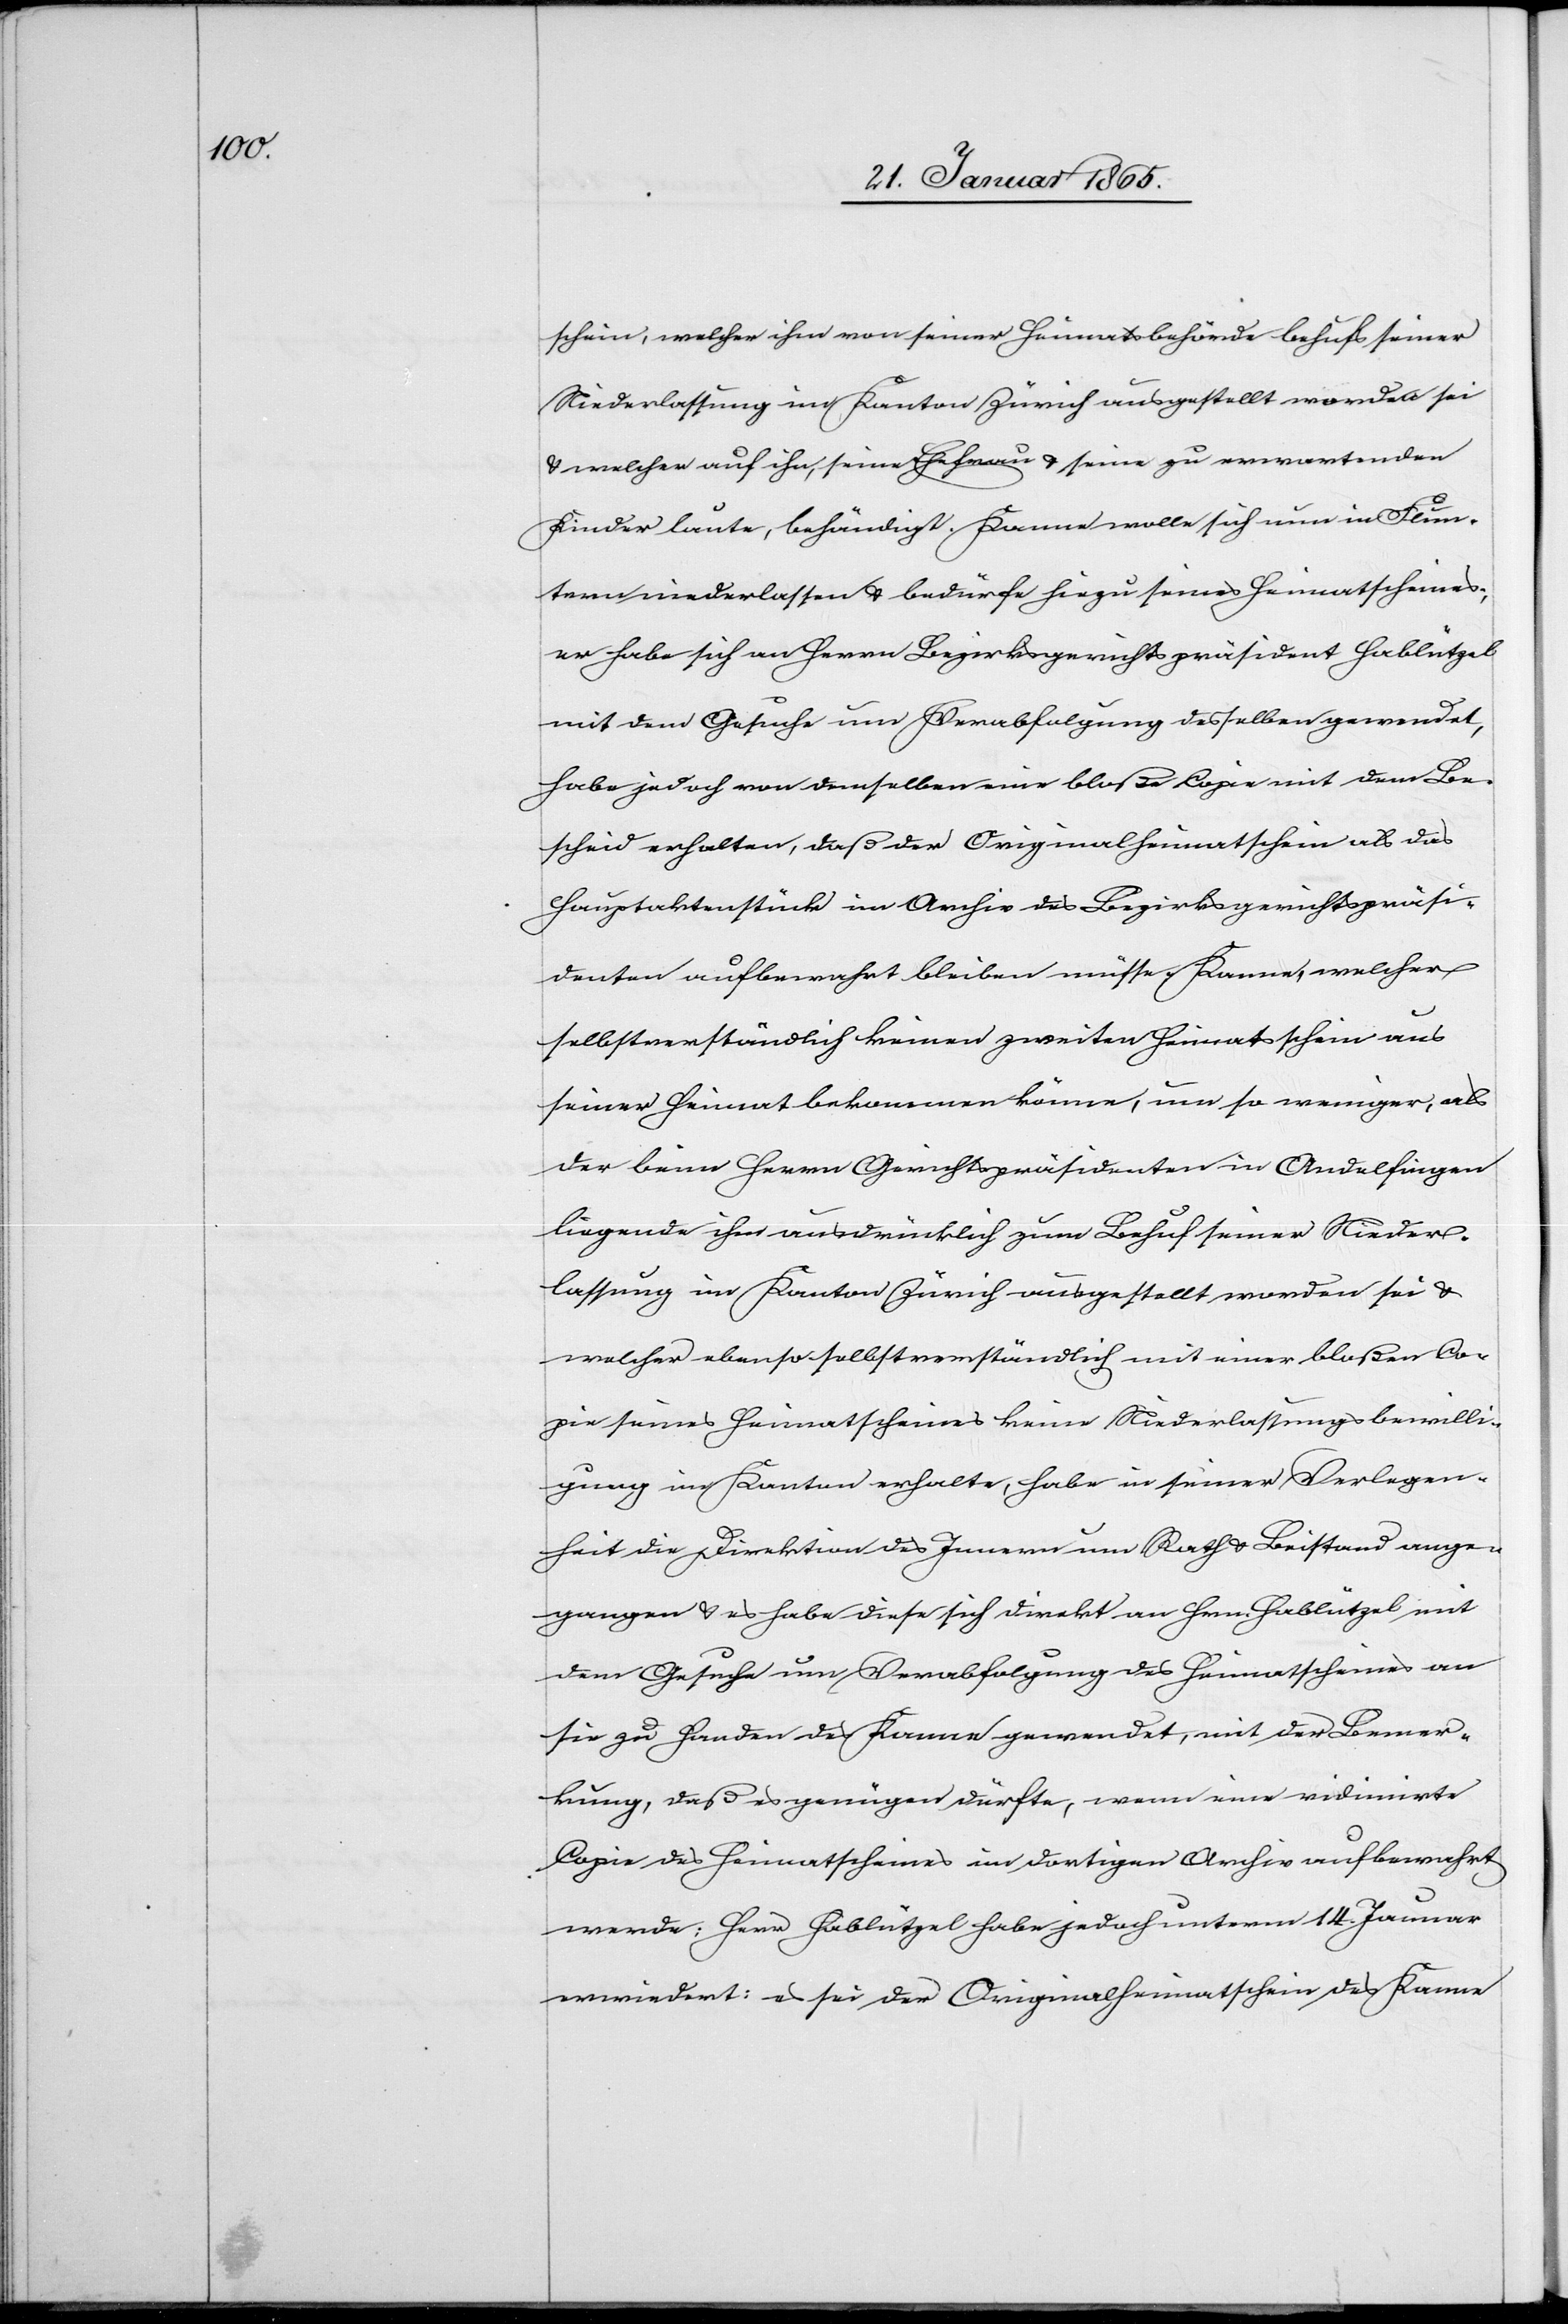
schein, welcher ihm von seiner Heimatsbehörde behufs seiner
Niederlassung im Kanton Zürich ausgestellt worden sei
u. welcher auf ihn, seine Ehefrau u. seine zu erwartenden
Kinder laute, behändigt. Kanne wolle sich nun in Flun¬
tern niederlassen u. bedürfe hiezu seines Heimatscheines;
er habe sich an Herrn Bezirksgerichtspräsident Hablützel
mit dem Gesuche um Verabfolgung desselben gewendet,
habe jedoch von denselben eine bloße Copie mit dem Be¬
scheid erhalten, daß der Originalheimatschein als das
Hauptaktenstück im Archiv des Bezirksgerichtspräsi¬
denten aufbewahrt bleiben müsse. Kanne, welcher
selbstverständlich keinen zweiten Heimatsschein aus
seiner Heimat bekommen könne, um so weniger, als
der beim Herrn Gerichtspräsidenten in Andelfingen
liegende ihm ausdrücklich zum Behuf seiner Nieder¬
lassung im Kanton Zürich ausgestellt worden sei u.
welcher ebenso selbstverständlich mit einer bloßen Co¬
pie seines Heimatscheins keine Niederlassungsbewilli¬
gung im Kanton erhalte, habe in seiner Verlegen¬
heit die Direktion des Innern um Rath u. Beistand ange¬
gangen u. es habe diese sich direkt an Hrn. Hablützel mit
dem Gesuche um Verabfolgung des Heimatscheines an
sie zu Handen des Kanne gewendet, mit der Bemer¬
kung, daß es genügen dürfte, wenn eine vidimirte
Copie des Heimatscheines im dortigen Archiv aufbewahrt
werde; Herr Hablützel habe jedoch unterm 14. Januar
erwiedert: es sei der Originalheimatschein des Kanne